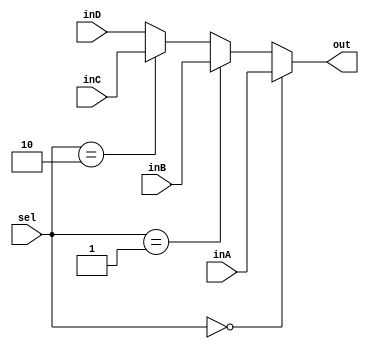
module Mux5Bit4To1(out, inA, inB, inC, inD, sel);
input [4:0] inA, inB, inC, inD;
input [1:0] sel;
output reg [4:0] out;

//initial begin   
// out <= 0;
//end

always@(*) begin
if (sel == 0) begin
out <= inA;
end
else if (sel == 1) begin
out <= inB;
end
else if (sel == 2) begin
out <= inC;
end
else begin
out <= inD;
end
end
endmodule